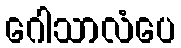
ဂေါသာလံပေ